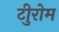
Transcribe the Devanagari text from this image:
टीुरोम